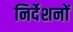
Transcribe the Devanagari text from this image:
निर्देशनों